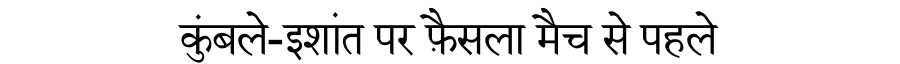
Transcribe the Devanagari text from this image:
कुंबले-इशांत पर फ़ैसला मैच से पहले